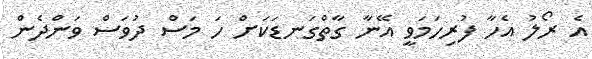
އެ ރޯލު އެހާ ފުރިހަމަވީ އޭނާ ގާތްގަނޑަކަށް ހަ މަސް ދުވަސް ވަންދެން